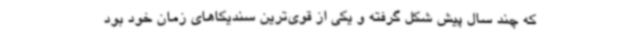
که چند سال پیش شکل گرفته و یکی از قوی‌ترین سندیکاهای زمان خود بود